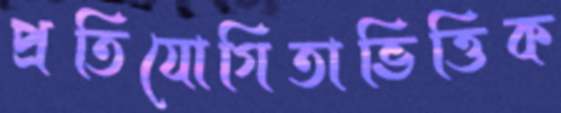
প্রতিযোগিতাভিত্তিক